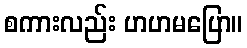
စကားလည်း ဟဟမပြော။